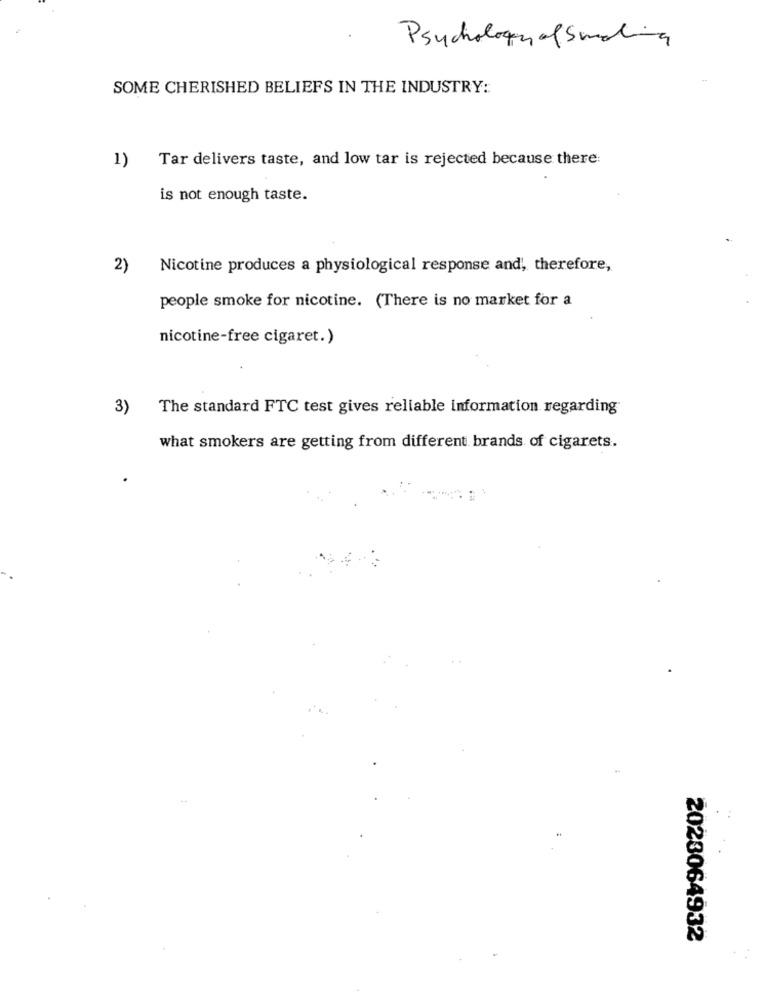
Psychology of Sundling
SOME CHERISHED BELIEFS IN THE INDUSTRY:
1)
Tar delivers taste, and low tar is rejected because there:
is not enough taste.
2)
Nicotine produces a physiological response and, therefore,
people smoke for nicotine. (There is no market for a
nicotine-free cigaret.)
3)
The standard FTC test gives reliable information regarding
what smokers are getting from different brands of cigarets.
2023064932